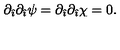
\partial _ { \hat { \imath } } \partial _ { \hat { \imath } } \psi = \partial _ { \hat { \imath } } \partial _ { \hat { \imath } } \chi = 0 .